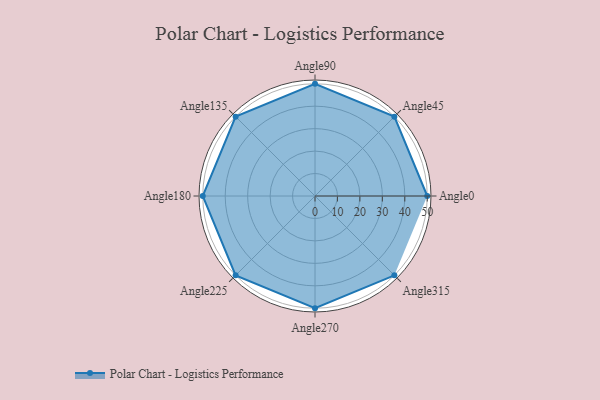
{"axis": {"x": "Angle", "y": "Radius"}, "legend": [""], "data": [{"x": "Angle0", "y": 50.0, "type": ""}, {"x": "Angle45", "y": 50, "type": ""}, {"x": "Angle90", "y": 50, "type": ""}, {"x": "Angle135", "y": 50, "type": ""}, {"x": "Angle180", "y": 50, "type": ""}, {"x": "Angle225", "y": 50, "type": ""}, {"x": "Angle270", "y": 50, "type": ""}, {"x": "Angle315", "y": 50, "type": ""}]}